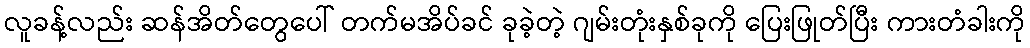
လူခန့်လည်း ဆန်အိတ်တွေပေါ် တက်မအိပ်ခင် ခုခဲ့တဲ့ ဂျမ်းတုံးနှစ်ခုကို ပြေးဖြုတ်ပြီး ကားတံခါးကို